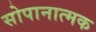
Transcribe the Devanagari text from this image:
सोपानात्मक